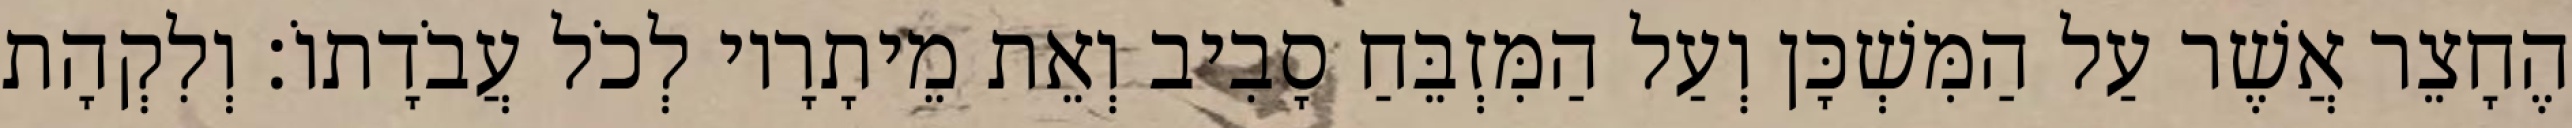
הֶחָצֵר אֲשֶׁר עַל הַמִּשְׁכָּן וְעַל הַמִּזְבֵּחַ סָבִיב וְאֵת מֵיתָרָיו לְכֹל עֲבֹדָתוֹ׃ וְלִקְהָת